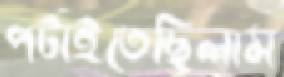
পটাইতেছিলাম